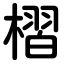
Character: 槢